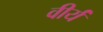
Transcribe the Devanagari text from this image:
वीर्यं